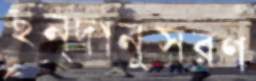
ছন্দানুসরণ